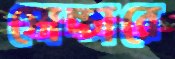
সোচ্চারে